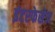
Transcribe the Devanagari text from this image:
इंटरफेसेज